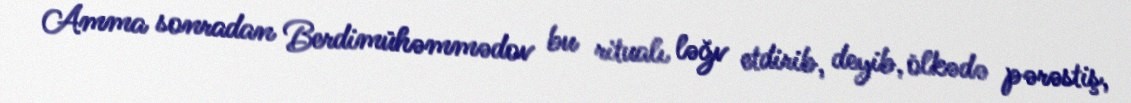
Amma sonradan Berdimühəmmədov bu ritualı ləğv etdirib, deyib, ölkədə pərəstiş,